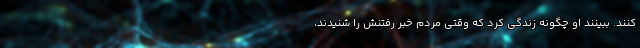
کنند. ببینند او چگونه زندگی کرد که وقتی مردم خبر رفتنش را شنیدند،